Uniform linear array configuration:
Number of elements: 32
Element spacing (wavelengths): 0.75
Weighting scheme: exponential
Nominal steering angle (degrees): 30
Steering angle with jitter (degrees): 31.64
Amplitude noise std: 0.05
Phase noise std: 0.05

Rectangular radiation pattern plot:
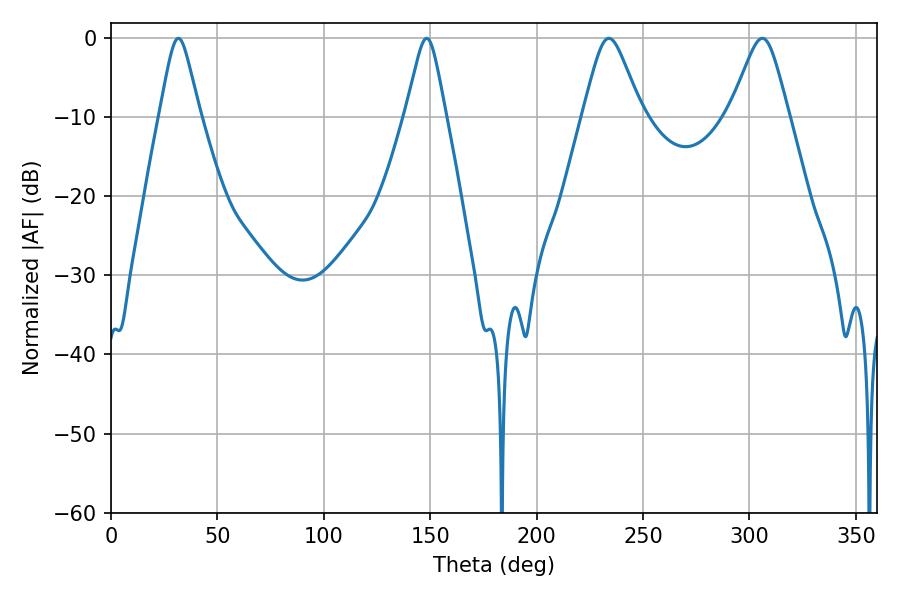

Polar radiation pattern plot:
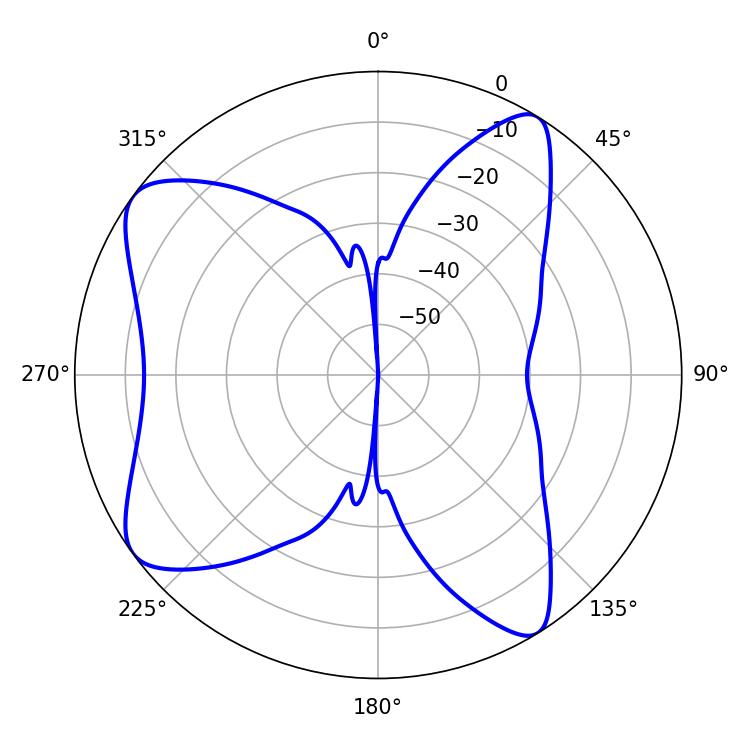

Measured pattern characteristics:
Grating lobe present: TRUE
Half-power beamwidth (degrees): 9
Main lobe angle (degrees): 31.68